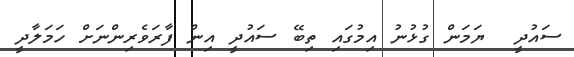
ސައުދީ  ޔަމަން ގުޅުނު އިމުގައި ތިބޭ ސައުދީ އިން ފާރަވެރިންނަށް ހަމަލާދީ